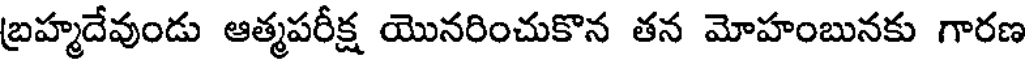
బ్రహ్మదేవుండు ఆత్మపరీక్ష యొనరించుకొన తన మోహంబునకు గారణ